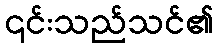
၎င်းသည်သင်၏